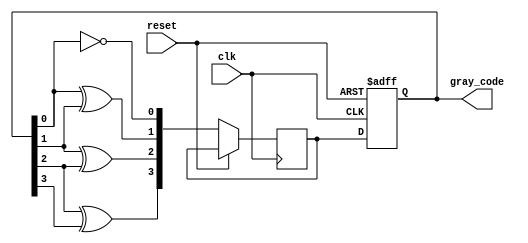
module gray_code_counter(
    input wire clk, // clock input
    input wire reset, // reset input
    output reg [3:0] gray_code // 4-bit Gray code output
);

reg [3:0] next_gray_code; // next state of Gray code

always @(posedge clk or posedge reset) begin
    if (reset) begin
        gray_code <= 4'b0000; // reset Gray code to 0000
    end else begin
        next_gray_code[0] <= ~gray_code[0]; // flip first bit
        next_gray_code[1] <= gray_code[0] ^ gray_code[1]; // change second bit based on first bit
        next_gray_code[2] <= gray_code[1] ^ gray_code[2]; // change third bit based on second bit
        next_gray_code[3] <= gray_code[2] ^ gray_code[3]; // change fourth bit based on third bit
        
        gray_code <= next_gray_code; // update Gray code to next state
    end
end

endmodule